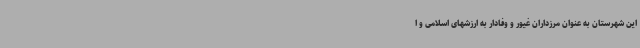
این شهرستان به عنوان مرزداران غیور و وفادار به ارزشهای اسلامی و ا